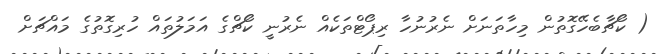
( ކޯޗާބެހޭގޮތުން މިހާތަނަށް ނެރުނުހާ ރިޕޯޓްތަކެއް ނެރުނީ ކޯޗްގެ އަމަލުތައް ހުރިގޮތުގެ މައްޗަށް